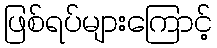
ဖြစ်ရပ်များကြောင့်